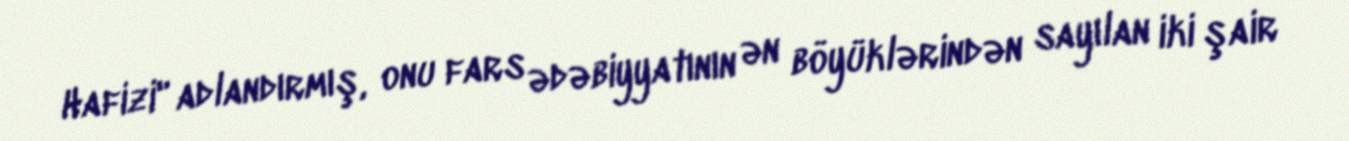
Hafizi" adlandırmış, onu fars ədəbiyyatının ən böyüklərindən sayılan iki şair